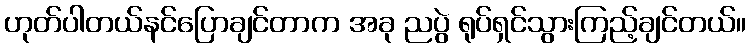
ဟုတ်ပါတယ်နင်ပြောချင်တာက အခု ညပွဲ ရုပ်ရှင်သွားကြည့်ချင်တယ်။